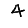
Digit: 4